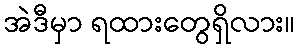
အဲဒီမှာ ရထားတွေရှိလား။